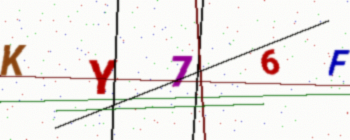
Text: KY76F